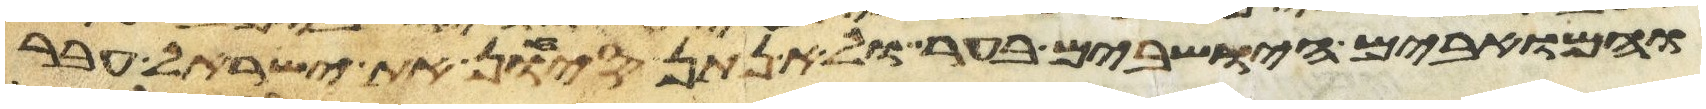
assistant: והמואבים הישבים בער ולא נתן סיחון את ישראל עבר